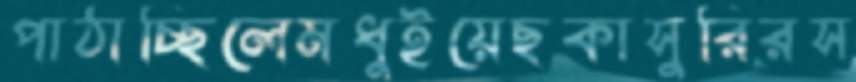
পাঠাচ্ছিলেমধুইয়েছকাসুরিরস